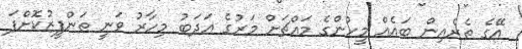
އޭގެ ތެރެއިން ބައެއް މީހުންގެ މައްޗަށް މަރުގެ އަދަބު މިހާރު ވަނީ ތަންފީޒުކޮށްފަ